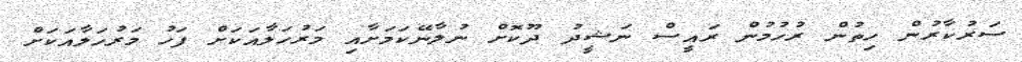
ސަރުކާރުން ހިތުން ރުހުމުން ރައީސް ނަޝީދު ދޫކޮށް ނުލާނޭކަމަށާއި މަރުހަލާއަކަށް ފަހު މަރުހަލާއަކަށް